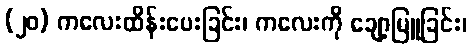
(၂၀) ကလေးထိန်းပေးခြင်း၊ ကလေးကို ချော့မြူခြင်း၊